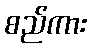
စည်ကား